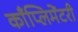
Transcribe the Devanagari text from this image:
काँप्लिमेंटरी